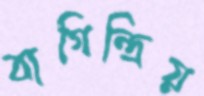
বাগিন্দ্রিয়